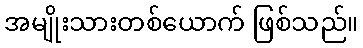
အမျိုးသားတစ်ယောက် ဖြစ်သည်။